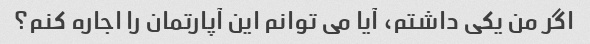
اگر من یکی داشتم، آیا می توانم این آپارتمان را اجاره کنم؟